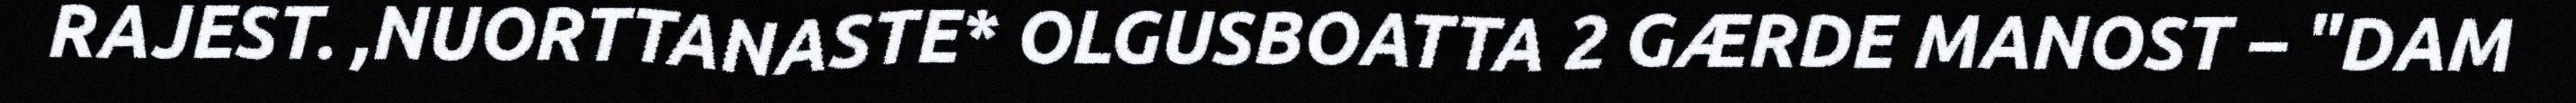
RAJEST. ,NUORTTANASTE* OLGUSBOATTA 2 GÆRDE MANOST – "DAM